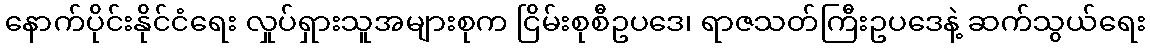
နောက်ပိုင်းနိုင်ငံရေး လှုပ်ရှားသူအများစုက ငြိမ်းစုစီဥပဒေ၊ ရာဇသတ်ကြီးဥပဒေနဲ့ ဆက်သွယ်ရေး